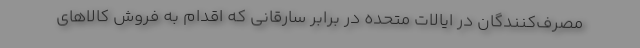
مصرف‌کنندگان در ایالات متحده در برابر سارقانی که اقدام به فروش کالاهای